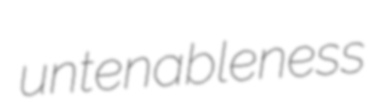
untenableness